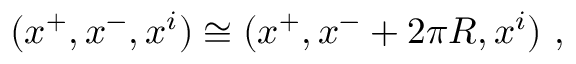
( x ^ { + } , x ^ { - } , x ^ { i } ) \cong ( x ^ { + } , x ^ { - } + 2 \pi R , x ^ { i } ) \ ,